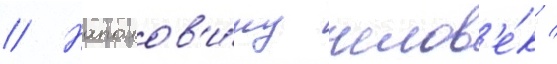
// Наполов'и́ну челов'е́к /